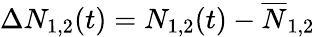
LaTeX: \Delta N_{1,2}(t)=N_{1,2}(t)-\overline{{N}}_{1,2}